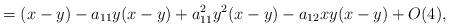
LaTeX: \begin{align*}=(x-y) - a_{11}y(x-y)+a_{11}^2y^2(x-y)-a_{12}xy(x-y)+ O(4),\end{align*}